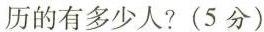
历的有多少人?(5分)